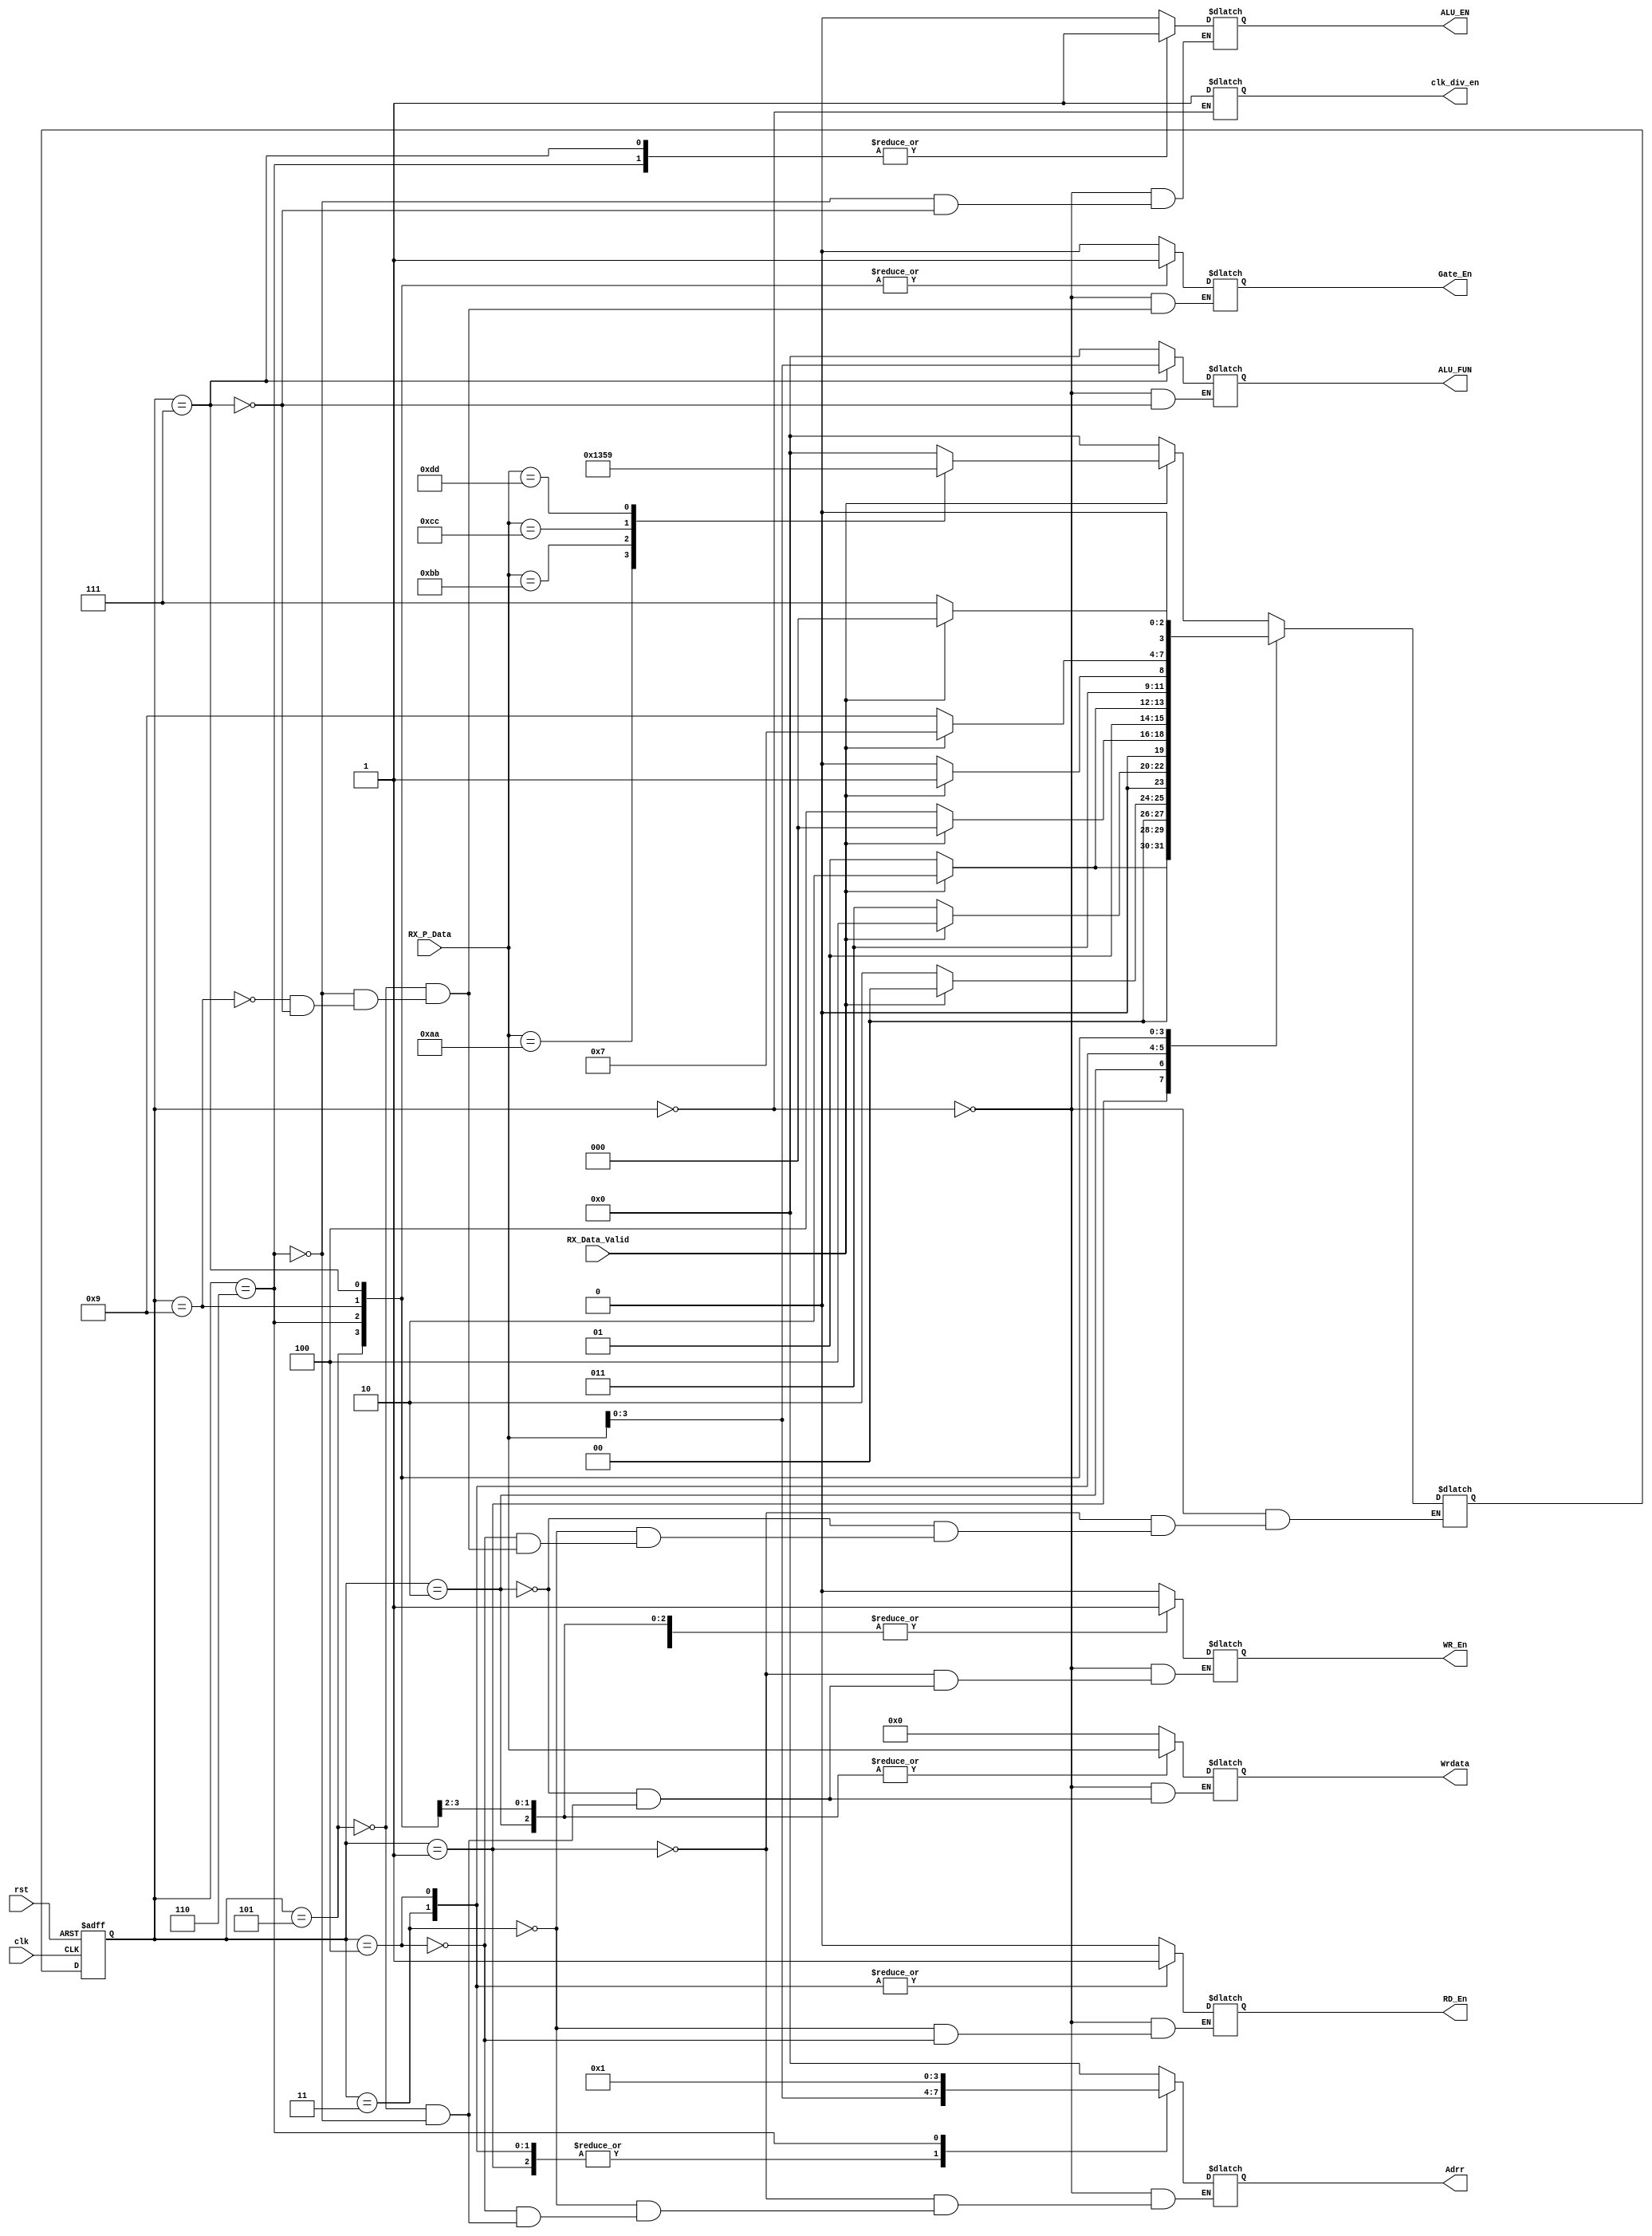
module sys_cntr_RX (
input                       clk,
input                       rst,
input   [7:0]         RX_P_Data,
input             RX_Data_Valid,
output reg                  ALU_EN,
output reg [3:0]           ALU_FUN,
output reg [3:0]              Adrr,
output reg [7:0]            Wrdata,
output reg                WR_En,
output reg                RD_En,
output reg           clk_div_en,
output reg              Gate_En

);
//internal signals
reg  [3:0]              Adrr_reg;
reg  [7:0]            Wrdata_reg;
reg  [3:0]           ALU_FUN_reg;

//regstering outputs
always@(posedge clk or negedge rst)
begin
if(!rst)
  begin
           Adrr_reg      <= 0;
           Wrdata_reg    <= 0;
           ALU_FUN_reg   <= 0;
   end
else
    begin
           Adrr_reg      <=   Adrr;
           Wrdata_reg    <= Wrdata;
           ALU_FUN_reg   <=ALU_FUN;
	end
end
 



        //comands paramter
             localparam    [7:0]      IDEAL=8'h00,
			                       RF_WR_CM=8'hAA,
						           RF_RD_CM=8'hBB,
					       ALU_OPER_W_OP_CM=8'hCC,
					      ALU_OPER_W_NOP_CM=8'hDD;
       //states inside each command 
	         localparam  [3:0]  RF_Wr_Addr=4'b0001,
			                    RF_Wr_Data=4'b0010,
						        RF_Rd_Addr=4'b0011,
						   RF_RD_TEMP_Addr=4'b0100,
						        Operand_A =4'b0101,
						        Operand_B =4'b0110,
				             ALU_FUN_state=4'b0111,
					 //   ALU_FUN_TEMP_state=4'b1000,
						ALU_FUN_TEMP_NOP  =4'b1001;
							 
						
				    
	reg    [3:0]   next_state,current_state;
//transation state 
always@(posedge clk or negedge rst)
begin
 if(!rst)
  current_state<= IDEAL;
  else 
  current_state<= next_state;
end
//outputlogic&states
always@(*)
begin
/*
    ALU_EN=0;
  // ALU_FUN='b0000;
    //  Adrr='b0000;    //don't ititalize it by zero as the always will triger again and tooke the 0 as address
 //   Wrdata=0;
     WR_En=0;
     RD_En=0;
clk_div_en=1;
   Gate_En=0;
   */
  case(current_state)
	  
IDEAL :
  begin
    ALU_EN=0;
   ALU_FUN='b0000;
  Adrr='b0000;    
    Wrdata=0;
     WR_En=0;
     RD_En=0;
clk_div_en=1;
   Gate_En=0;
              if(RX_Data_Valid)
		case(RX_P_Data)
		        RF_WR_CM:  next_state =          RF_Wr_Addr;
		        RF_RD_CM:  next_state =          RF_Rd_Addr;
		ALU_OPER_W_OP_CM:  next_state =           Operand_A;
	   ALU_OPER_W_NOP_CM:  next_state =    ALU_FUN_TEMP_NOP; 
	  
	   
	  
	   
	      
	                       
			            
		  
	             default:  next_state = IDEAL;
        endcase				 
		       else 
		                   next_state = IDEAL;
	end

RF_Wr_Addr:
begin
                                              WR_En =          1;
						                      Adrr  =  RX_P_Data;                      
		  if(RX_Data_Valid)
		      begin
		                          
                           next_state = RF_Wr_Data;
                         end
						   
						   		   
		              else 
		                   next_state = RF_Wr_Addr;
						   
end

RF_Wr_Data:
begin
                    WR_En=          1;
							    Wrdata =  RX_P_Data;
        if(RX_Data_Valid)
        begin
                 
		                    next_state =      IDEAL;
		                    end
						      
		  else 
		                     next_state = RF_Wr_Data;
		  
end
RF_Rd_Addr:
begin
                                  RD_En=          1;
							     Adrr  =  RX_P_Data;
        if(RX_Data_Valid)
        begin
                 
		                    next_state = RF_RD_TEMP_Addr;
		                    end
						      
		  else 
		                     next_state =RF_Rd_Addr;
		  
end
RF_RD_TEMP_Addr:
begin
                                  RD_En=          1;
							     Adrr  =  RX_P_Data;
        if(RX_Data_Valid)
        begin
                 
		                    next_state = IDEAL;
		                    end
						      
		  else 
		                     next_state =RF_RD_TEMP_Addr;
		  
end



Operand_A:
begin
                                 WR_En=           1;
								Adrr  =      4'b0000;
							   Wrdata =   RX_P_Data;
							 Gate_En  =           1;
							// ALU_EN   =           1;
		  if(RX_Data_Valid)
		    
                           next_state =   Operand_B;
						  
						   
		 else 
		                   next_state =   Operand_A;
						   
end

Operand_B:
begin
                                 WR_En=           1;
								Adrr  =      4'b0001;
							    Wrdata=   RX_P_Data;
								ALU_EN=           1;
							 Gate_En  =           1;
							 
		  if(RX_Data_Valid)
		    
                           next_state =    ALU_FUN_state;
						       
						   
		 else 
		                   next_state =   Operand_B;
						   
end

ALU_FUN_TEMP_NOP :
begin
                        //  ALU_EN    =          1;
						//	ALU_FUN   =  RX_P_Data;
							Gate_En  =           1;
		  if(RX_Data_Valid)
		    
                           next_state = ALU_FUN_state;
						        
					
						   
		 else 
		                   next_state =  ALU_FUN_TEMP_NOP;
						   
end	

   		
ALU_FUN_state:
begin
                            ALU_EN    =          1;
							ALU_FUN   =  RX_P_Data;
							 Gate_En  =           1;
		  if(RX_Data_Valid)
		           next_state =IDEAL;
                         //  next_state = ALU_FUN_TEMP_state;
						        
					
						   
		 else 
		                   next_state =  ALU_FUN_state;
						   
end	
/*
ALU_FUN_TEMP_state:                                      //temp the output to capture it correctly 
begin
                                    //  ALU_EN    =          1;
					                //	ALU_FUN   =  RX_P_Data;
							             Gate_En  =          1;
		 // if(RX_Data_Valid)
		    
                           next_state =IDEAL;
						      					   
		// else 
		               //    next_state =  ALU_FUN_TEMP_state;						   
end	
*/
endcase	
		
		
		
		
end


						  
	                        

endmodule